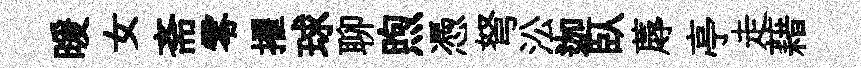
暖女斋零擢球聊煦憑弩㳂迦臥蓐亭走藉